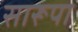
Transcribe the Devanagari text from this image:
सारूपा